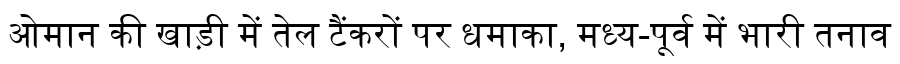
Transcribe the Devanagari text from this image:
ओमान की खाड़ी में तेल टैंकरों पर धमाका, मध्य-पूर्व में भारी तनाव